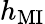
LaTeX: h_{\mathrm{MI}}